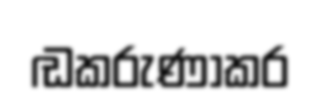
ඬකරුණාකර